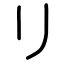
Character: リ